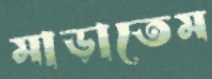
মাড়াতেম